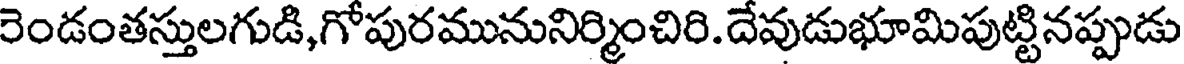
రెండంతస్తులగుడి,గోపురమునునిర్మించిరి.దేవుడుభూమిపుట్టినప్పుడు